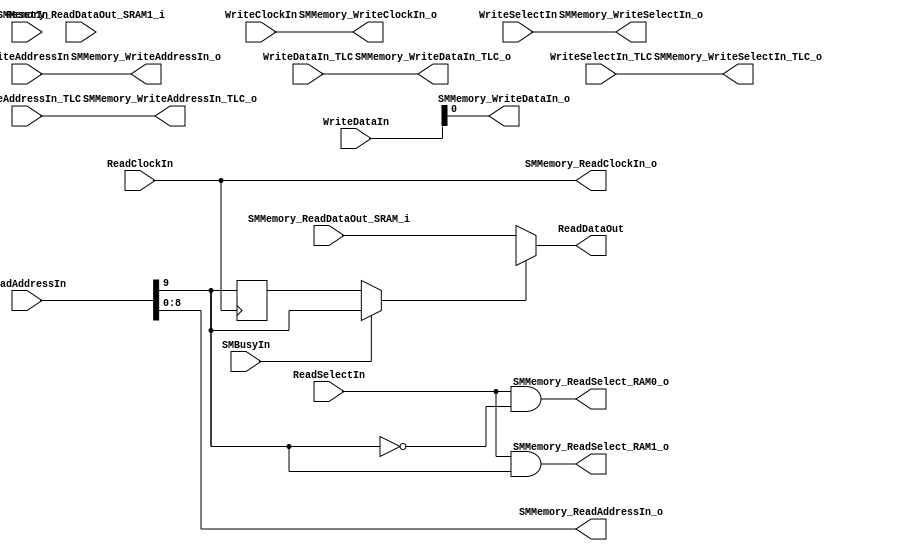
// -----------------------------------------------------------------------------
// title          : Sensor Manager Memory Module
// project        : ULP Sensor Hub
// -----------------------------------------------------------------------------
// company        : QuickLogic Corp
// last update    : 2014/05/20
// platform       : PolarPro III
// standard       : Verilog 2001
// -----------------------------------------------------------------------------
// description: The Sensor Manger Memory performs several tasks. These include
//              storing Sensor Manager Instructions, Sensor Data, and FFE mail
//              box data. This memory consists of several physical memory
//              blocks.
// -----------------------------------------------------------------------------
// copyright (c) 2013
// -----------------------------------------------------------------------------
// revisions  :
// date            version    author         description
// 2014/05/20      1.0        Glen Gomes     Updated -> Added a second memory block
// -----------------------------------------------------------------------------
// Comments: This solution is specifically for use with the QuickLogic
//           PolarPro III S2 device. 
// -----------------------------------------------------------------------------

`timescale 1ns / 10ps

module SMMemory (
    // General Interface
    input         ResetIn,
	input		  SMBusyIn,
    
    //Read Interface
    input   [9:0] ReadAddressIn,
    output [17:0] ReadDataOut,
    input         ReadSelectIn,
    input         ReadClockIn,
    
    //Write Interface
    input   [9:0] WriteAddressIn,
    input   [8:0] WriteDataIn,
    input         WriteSelectIn,

    input   [9:0] WriteAddressIn_TLC,
    input   [8:0] WriteDataIn_TLC,
    input         WriteSelectIn_TLC,

    input         WriteClockIn,
	
	output 	[9:0]	SMMemory_WriteAddressIn_TLC_o,
	output 	[8:0]	SMMemory_ReadAddressIn_o,
	output 			SMMemory_WriteSelectIn_TLC_o,
	output 			SMMemory_ReadSelect_RAM0_o,
	output 			SMMemory_WriteClockIn_o,
	output 			SMMemory_ReadClockIn_o,
	output  [8:0]	SMMemory_WriteDataIn_TLC_o,
	input  	[17:0]	SMMemory_ReadDataOut_SRAM_i,
	output 	[9:0]	SMMemory_WriteAddressIn_o,
	output 		    SMMemory_WriteSelectIn_o,
	output 			SMMemory_ReadSelect_RAM1_o,
	output 			SMMemory_WriteDataIn_o,
	input  	[17:0]	SMMemory_ReadDataOut_SRAM1_i
	
	

	
    );

	// Define local variables
	//
	wire   [17:0] ReadDataOut_SRAM;
	wire   [17:0] ReadDataOut_SRAM_1;

	reg				ReadDataSel;
	wire			ReadSelect_RAM0;
	wire			ReadSelect_RAM1;
	wire			SMMemoryBankSelect;


	// generate individual read enables
	assign ReadSelect_RAM0 = ReadSelectIn && !ReadAddressIn[9];
	assign ReadSelect_RAM1 = ReadSelectIn && ReadAddressIn[9];


	// Mux the read data
	always @(posedge ReadClockIn)
		ReadDataSel <= ReadAddressIn[9];

	assign SMMemoryBankSelect = SMBusyIn ? ReadAddressIn[9] : ReadDataSel;
	assign ReadDataOut = SMMemoryBankSelect ? ReadDataOut_SRAM_1: ReadDataOut_SRAM;


	// Instantiate the Memory Blocks
	//
	assign SMMemory_WriteAddressIn_TLC_o = WriteAddressIn_TLC;
	assign SMMemory_ReadAddressIn_o[8:0] = ReadAddressIn[8:0];
	assign SMMemory_WriteSelectIn_TLC_o  = WriteSelectIn_TLC;
	assign SMMemory_ReadSelect_RAM0_o    = ReadSelect_RAM0;
	assign SMMemory_WriteClockIn_o       = WriteClockIn;
	assign SMMemory_ReadClockIn_o        = ReadClockIn;
	assign SMMemory_WriteDataIn_TLC_o    = WriteDataIn_TLC;
	assign ReadDataOut_SRAM   		     = SMMemory_ReadDataOut_SRAM_i;
	
	assign SMMemory_WriteAddressIn_o     = WriteAddressIn;
	assign SMMemory_WriteSelectIn_o      = WriteSelectIn;
	assign SMMemory_ReadSelect_RAM1_o    = ReadSelect_RAM1;
	assign SMMemory_WriteDataIn_o         = WriteDataIn;
	assign ReadDataOut_SRAM1   		     = SMMemory_ReadDataOut_SRAM1_i;

endmodule